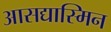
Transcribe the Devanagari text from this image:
आसद्यास्मिन